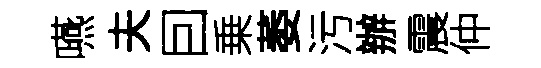
嚥夫囙乗萎污辦震仲